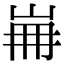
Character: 𡷌